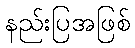
နည်းပြအဖြစ်